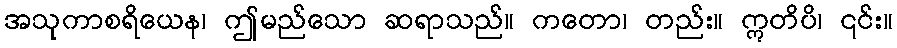
အသုကာစရိယေန၊ ဤမည်သော ဆရာသည်။ ကတော၊ တည်း။ ဣတိပိ၊ ၎င်း။